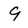
Character: 9